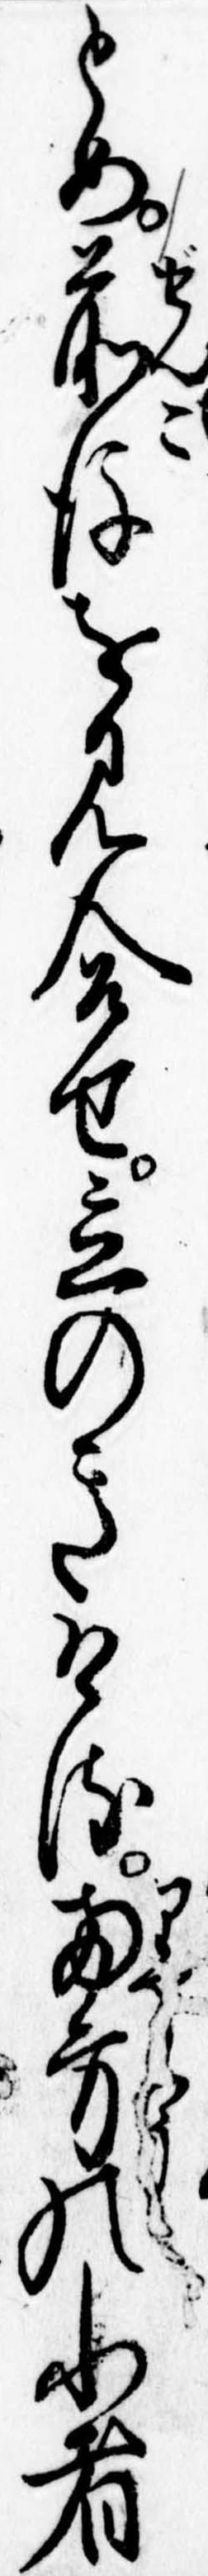
とめ前後を見合せ立のきける両方の小者